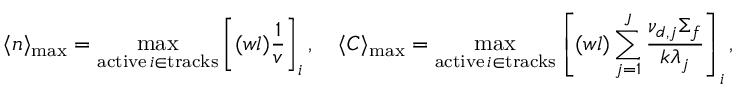
\langle n \rangle _ { \mathrm { m a x } } = \operatorname* { m a x } _ { \substack { \mathrm { a c t i v e } \, i \in \mathrm { t r a c k s } } } \left[ ( w l ) \frac { 1 } { v } \right] _ { i } , \quad \langle C \rangle _ { \mathrm { m a x } } = \operatorname* { m a x } _ { \substack { \mathrm { a c t i v e } \, i \in \mathrm { t r a c k s } } } \left[ ( w l ) \sum _ { j = 1 } ^ { J } \frac { \nu _ { d , j } \Sigma _ { f } } { k \lambda _ { j } } \right] _ { i } ,